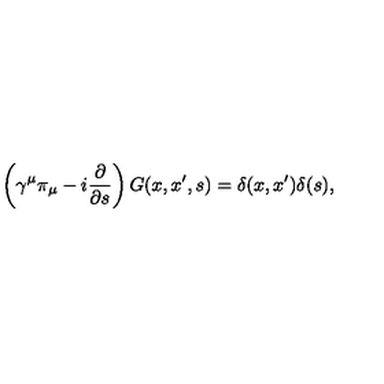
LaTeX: \left( \gamma ^ { \mu } \pi _ { \mu } - i \frac \partial { \partial s } \right) G ( x , x ^ { \prime } , s ) = \delta ( x , x ^ { \prime } ) \delta ( s ) ,